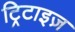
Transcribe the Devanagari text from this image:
ट्रिटाइज़